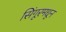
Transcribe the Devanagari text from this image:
सिंगूरमधून